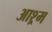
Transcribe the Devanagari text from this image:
आश्र्म